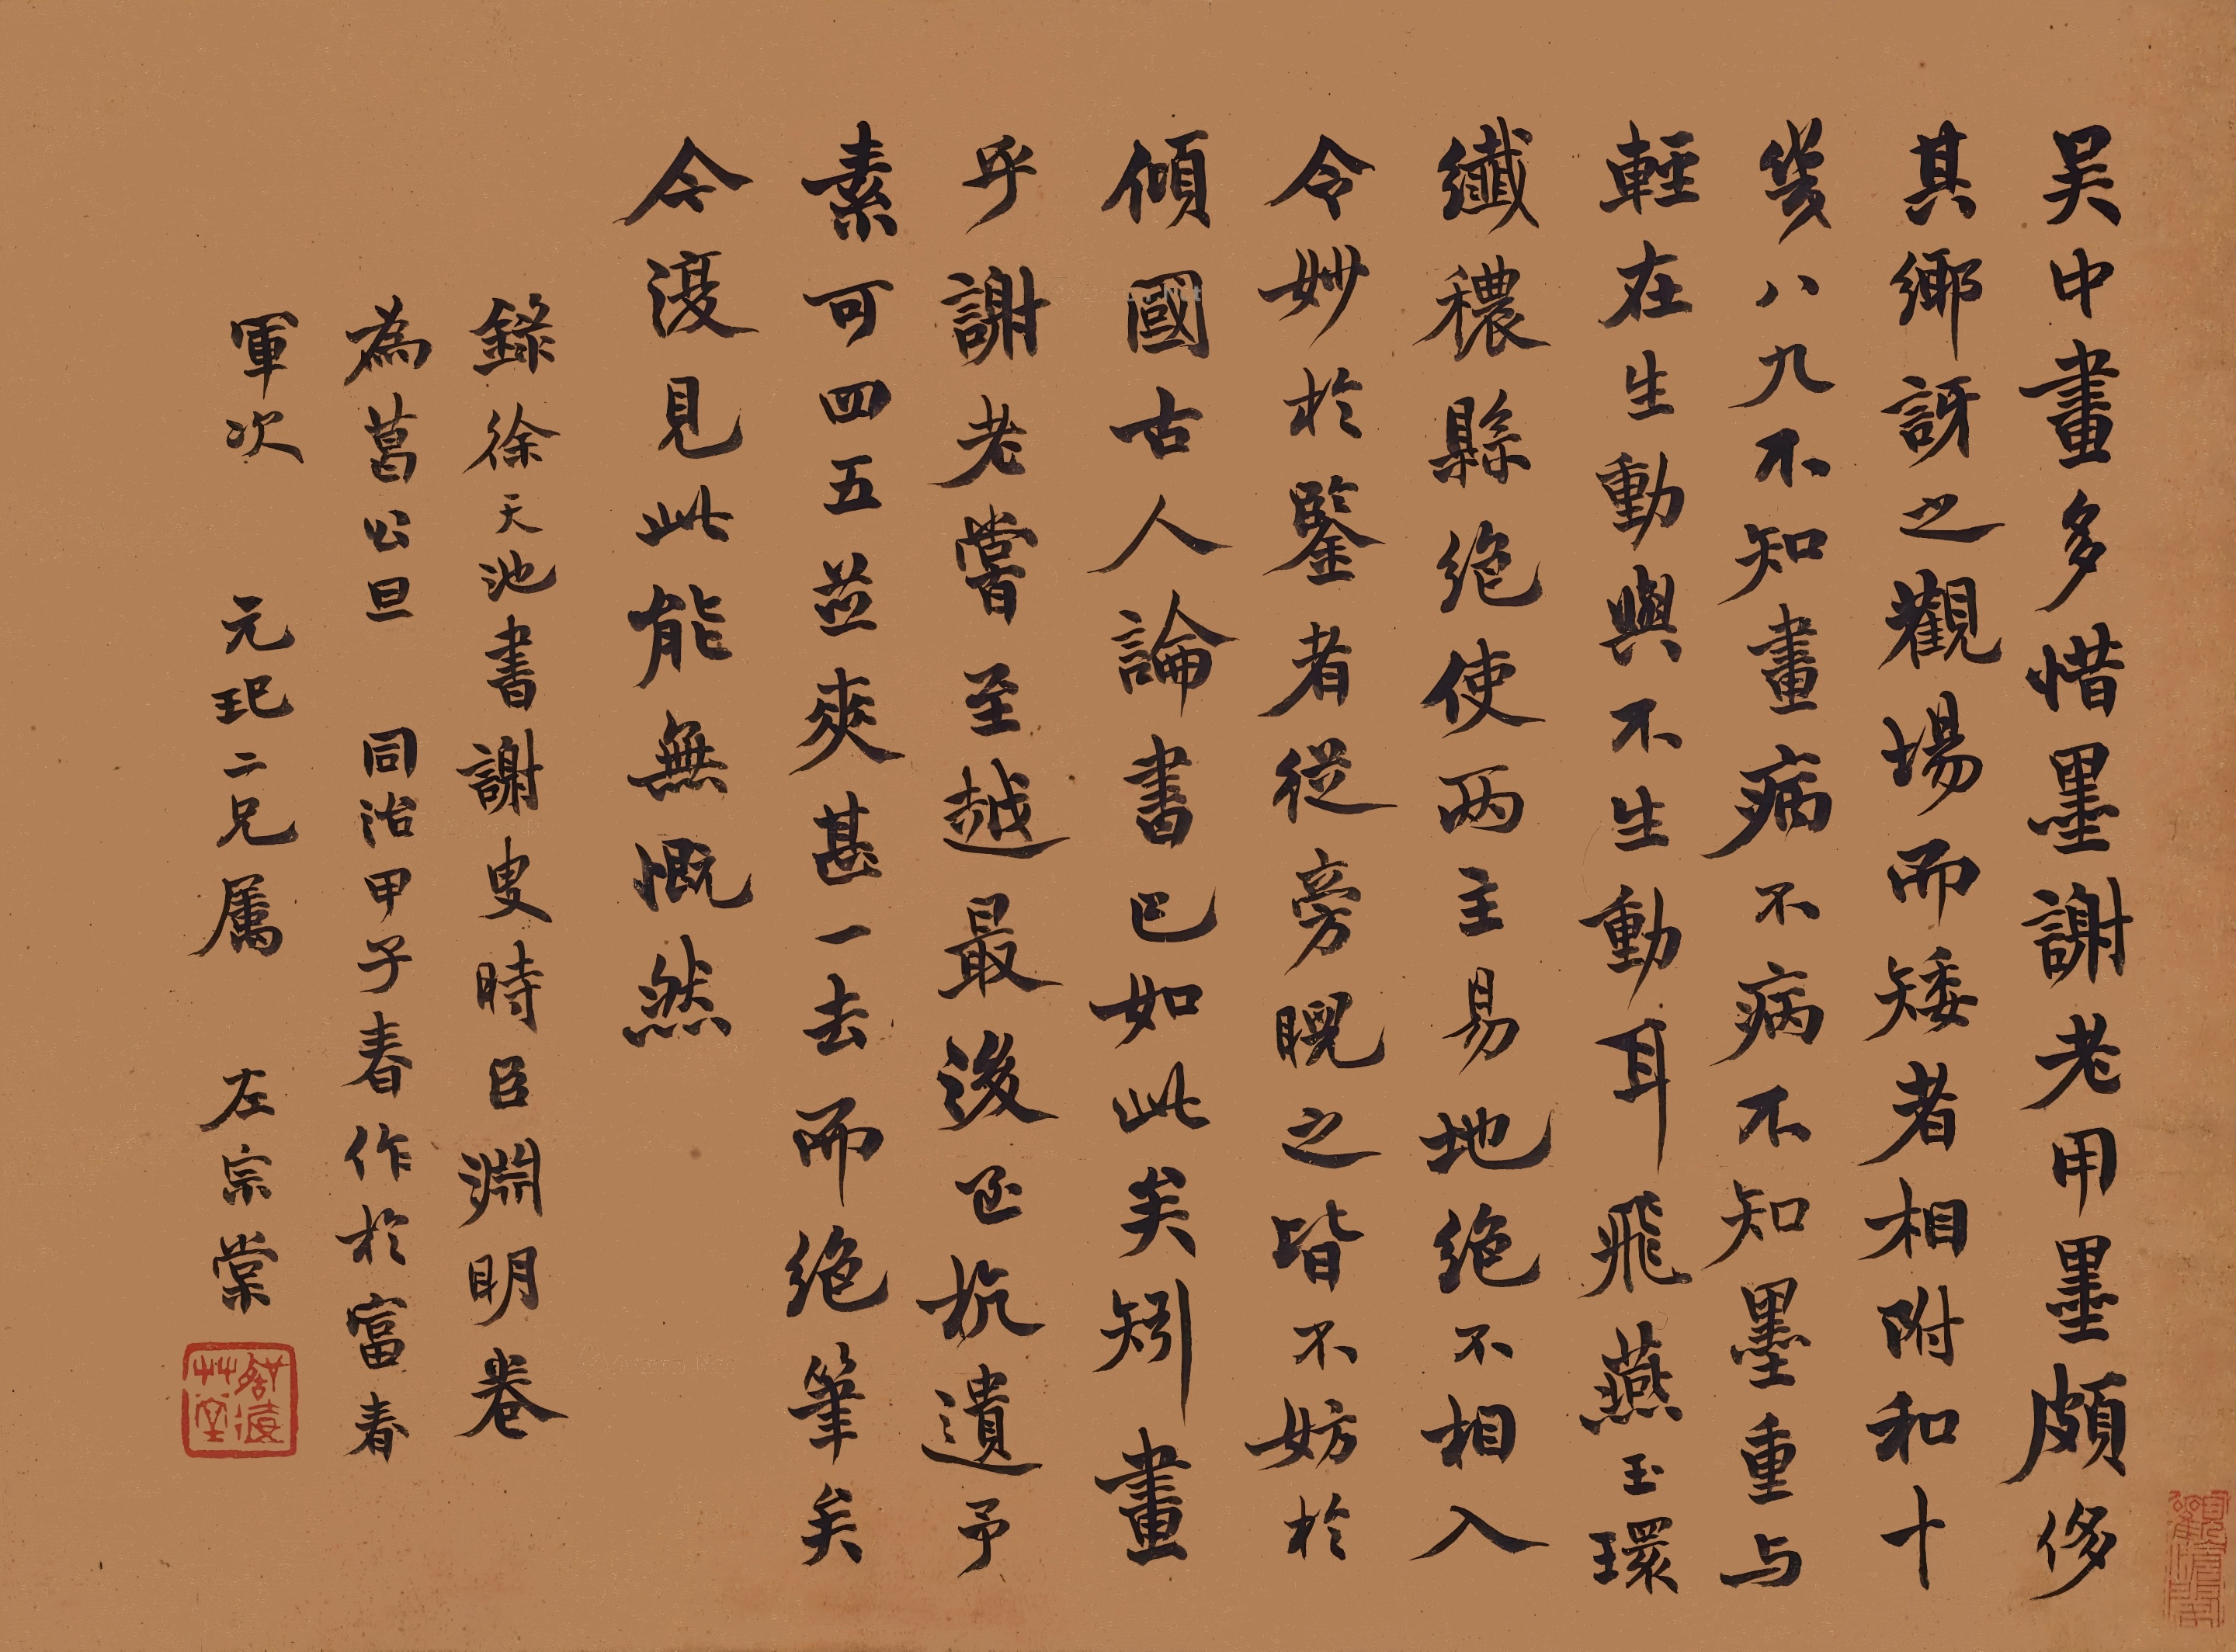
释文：吴中画多惜墨，谢老用墨颇侈，其乡讶之。观场而矮者相附和，十几八九，不知画病不病，不知墨重与轻，在生动与不生动耳。飞燕玉环，纤秾县绝，使两主易地，绝不相入，令妙于鉴者从旁睨之，皆不妨于倾国。古人论书已如此矣，矧画乎？谢老尝至越，最后至杭，遗予素可四五，并爽甚，一去而绝笔矣。今复见此，能无慨然！录徐天池书〈谢叟时臣渊明卷为葛公旦〉。同治甲子(1864)春，作于富春军次，元玘二兄属，左宗棠。